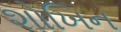
શોખિન